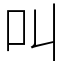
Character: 叫